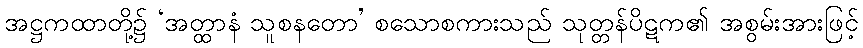
အဋ္ဌကထာတို့၌ ‘အတ္ထာနံ သူစနတော’ စသောစကားသည် သုတ္တန်ပိဋက၏ အစွမ်းအားဖြင့်